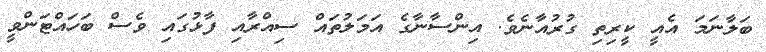
ބަލާނަމަ އެއީ ކީރިތި ގުރުއާނެވެ. އިންސާނާގެ އަމަލުތައް ސިއްރާއި ފާޅުގައި ވެސް ބަހައްޓަންވީ